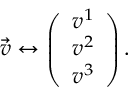
\Vec { v } \leftrightarrow \left( \begin{array} { l } { v ^ { 1 } } \\ { v ^ { 2 } } \\ { v ^ { 3 } } \end{array} \right) .